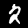
Label: 2